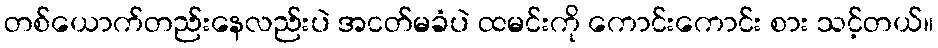
တစ်ယောက်တည်းနေလည်းပဲ အငတ်မခံပဲ ထမင်းကို ကောင်းကောင်း စား သင့်တယ်။